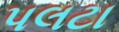
પલટા